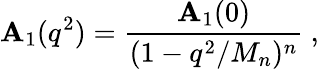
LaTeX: \mathbf{A}_{1}(q^{2})=\frac{{\mathbf{A}_{1}(0)}}{{(1-q^{2}/M_{n})^{n}}}\ ,